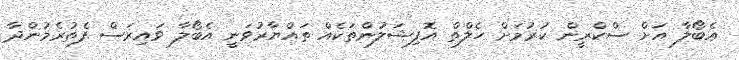
އެބޯލާ އަށް ސްކްރީން ކުރުމަށް ހެލްތް އޮފިޝަލުންތަކެއް ތައްޔާރުވަނީ އެބޯލާ ވައިރަސް ފެތުރެމުންދާ